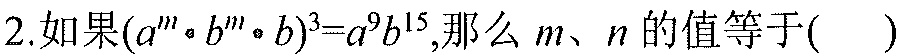
2.如果\((a^{m}\cdot b^{n}\cdot b)^{3}=a^{9}b^{15}\),那么\(m、n\)的值等于(  )